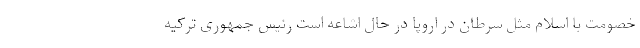
خصومت با اسلام مثل سرطان در اروپا در حال اشاعه است رئیس جمهوری ترکیه